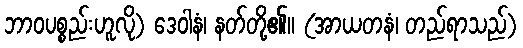
ဘာဝပစ္စည်းဟူလို) ဒေဝါနံ၊ နတ်တို့၏။ (အာယတနံ၊ တည်ရာသည်)